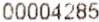
00004285